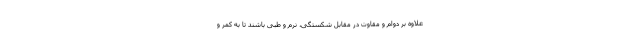
علاوه بر دوام و مقاوت در مقابل شکستگی، نرم و طبی باشند تا به کمر و